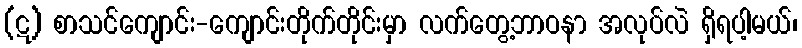
(ဋ) စာသင်ကျောင်း-ကျောင်းတိုက်တိုင်းမှာ လက်တွေ့ဘာဝနာ အလုပ်လဲ ရှိရပါ့မယ်၊